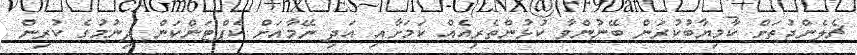
ޗެލެންޖުތަށް ކާމިޔާބުކުރަން ބޭނުންވާ ކުޅުންތެރިއެއް ކަމަށާއި އަދި ނޭމާއަށް ކެޕްޓަންކަން ދިނުމުގެ ކުރިން